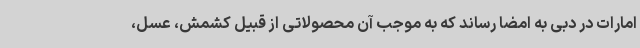
امارات در دبی به امضا رساند که به موجب آن محصولاتی از قبیل کشمش، عسل،